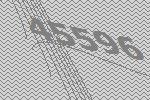
45596